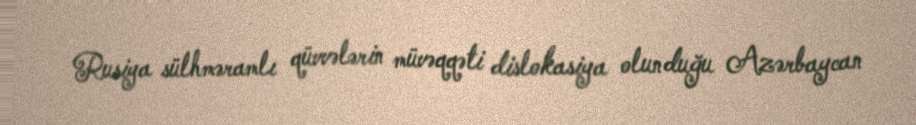
Rusiya sülhməramlı qüvvələrin müvəqqəti dislokasiya olunduğu Azərbaycan